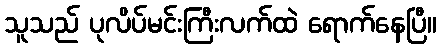
သူသည် ပုလိပ်မင်းကြီးလက်ထဲ ရောက်နေပြီ။